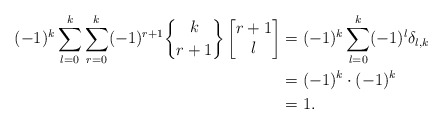
\begin{align*}(-1)^k \displaystyle \sum_{l=0}^{k} \displaystyle \sum_{r=0}^{k}(-1)^{r+1} \genfrac{\{}{\}}{0pt}{}{k}{r+1}\begin{bmatrix}r+1\\l\end{bmatrix}&=(-1)^k\displaystyle \sum_{l=0}^{k} (-1)^l \delta_{l,k}\\&=(-1)^k \cdot (-1)^k\\&=1.\end{align*}